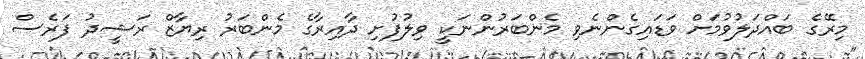
މިރޭގެ ބައްދަލުވުމަށް ވަޑައިގެންނެވި މެންބަރުންނަކީ ވިލުފުށި ދާއިރާގެ މެންބަރު ރިޔާޒް ރަޝީދު ފަރެސް